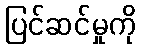
ပြင်ဆင်မှုကို